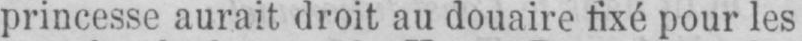
princesse aurait droit au douaire fixé pour les